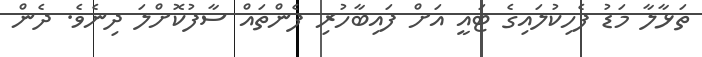
ތަޅާލާ މަޑު ފެހިކުލައިގެ ޓައީ އަށް ފައިބާހުރި ފެންތައް ސާފުކޮށްލަ ދިނެވެ. ދެން